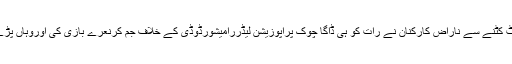
بیکا نیرمیں بی ڈی کلا کا ٹکٹ کٹنے سے ناراض کارکنان نے رات کو ہی ڈاگا چوک پراپوزیشن لیڈررامیشورڈوڈی کے خلاف جم کرنعرے بازی کی اوروہاں پڑے پرانے فرنیچرکوآگ لگادی۔